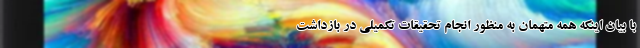
با بیان اینکه همه متهمان به منظور انجام تحقیقات تکمیلی در بازداشت